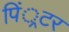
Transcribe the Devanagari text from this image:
पिं्रटर